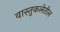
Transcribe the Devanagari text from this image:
वास्तुकलेतील